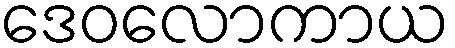
ဒေဝလောကာယ